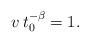
LaTeX: \begin{align*} v\, t_0^{-\beta}=1. \end{align*}